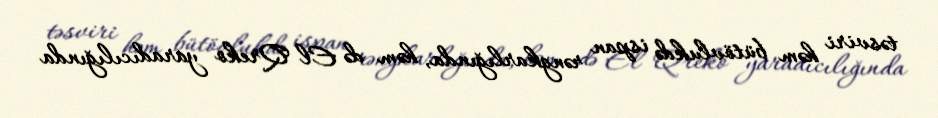
təsviri həm bütövlukdə ispan rəngkarlığında, həm də El Qreko yaradıcılığında